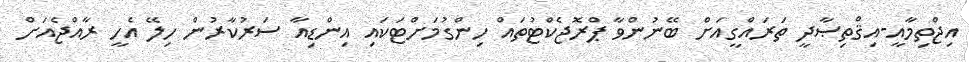
އިޖްތިމާއީ-އިޤްތިޞާދީ ތަރައްގީއަށް ބޭނުންވާ ޕްރޮޖެކްޓުތައް ހިންގުމަށްޓަކައި އިންޑިއާ ސަރުކާރުން ހިލޭ އެހީ ރާއްޖެއަށް